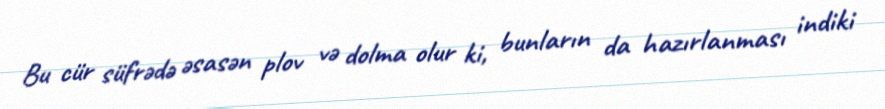
Bu cür süfrədə əsasən plov və dolma olur ki, bunların da hazırlanması indiki